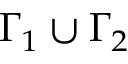
\Gamma _ { 1 } \cup \Gamma _ { 2 }